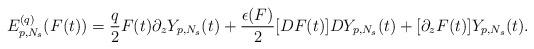
LaTeX: \begin{align*}E_{p,N_s}^{(q)}(F(t))=\frac{q}{2}F(t)\partial_zY_{p,N_s}(t)+\frac{\epsilon(F)}{2}[D F(t)]DY_{p,N_s}(t)+[\partial_zF(t)]Y_{p,N_s}(t).\end{align*}